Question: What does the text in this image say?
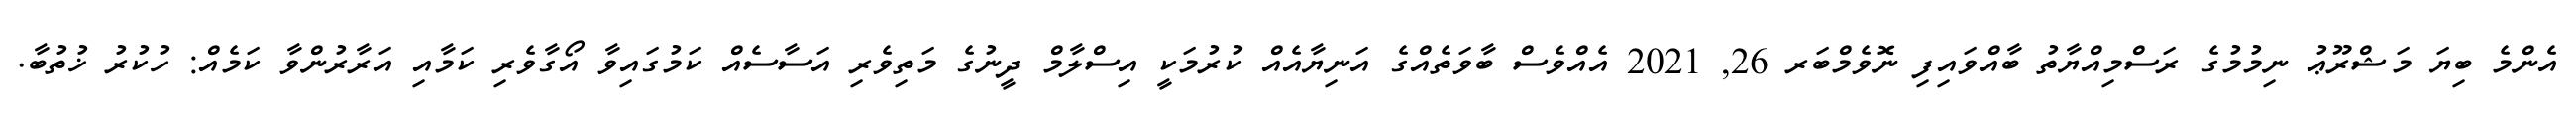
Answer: އެންމެ ބިޔަ މަޝްރޫޢު ނިމުމުގެ ރަސްމިއްޔާތު ބާއްވައިފި ނޮވެމްބަރ 26, 2021 އެއްވެސް ބާވަތެއްގެ އަނިޔާއެއް ކުރުމަކީ އިސްލާމް ދީނުގެ މަތިވެރި އަސާސެއް ކަމުގައިވާ އޯގާވެރި ކަމާއި އަރާރުންވާ ކަމެއް: ހުކުރު ޚުތުބާ.